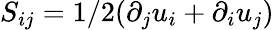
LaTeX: S_{ij}=1/2(\partial_{j}u_{i}+\partial_{i}u_{j})